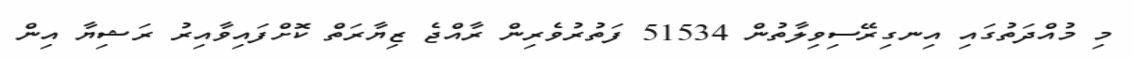
މި މުއްދަތުގައި އިނގިރޭސިވިލާތުން 51534 ފަތުރުވެރިން ރާއްޖެ ޒިޔާރަތް ކޮށްފައިވާއިރު ރަޝިޔާ އިން